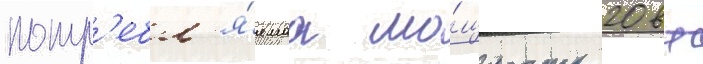
потр'ебл'я́емаа мо́щность 20 вт